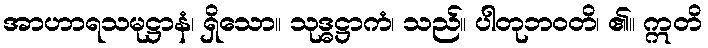
အာဟာရသမုဋ္ဌာနံ၊ ရှိသော။ သုဒ္ဓဋ္ဌာကံ၊ သည်။ ပါတုဘဝတိ၊ ၏။ ဣတိ